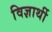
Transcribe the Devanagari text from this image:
विज्ञार्थी